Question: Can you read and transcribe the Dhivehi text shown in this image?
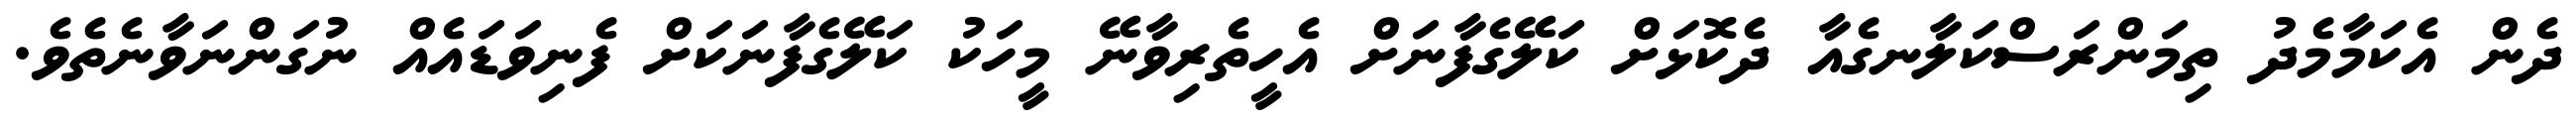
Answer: ދެން އެކަމާމެދު ތިމަންރަސްކަލާނގެއާ ދެކޮޅަށް ކަލޭގެފާނަށް އެހީތެރިވާނޭ މީހަކު ކަލޭގެފާނަކަށް ފެނިވަޑައެއް ނުގަންނަވާނެތެވެ.